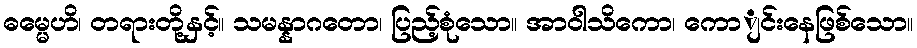
ဓမ္မေဟိ၊ တရားတို့နှင့်။ သမန္နာဂတော၊ ပြည့်စုံသော။ အာဝါသိကော၊ ကောျင်းနေဖြစ်သော။